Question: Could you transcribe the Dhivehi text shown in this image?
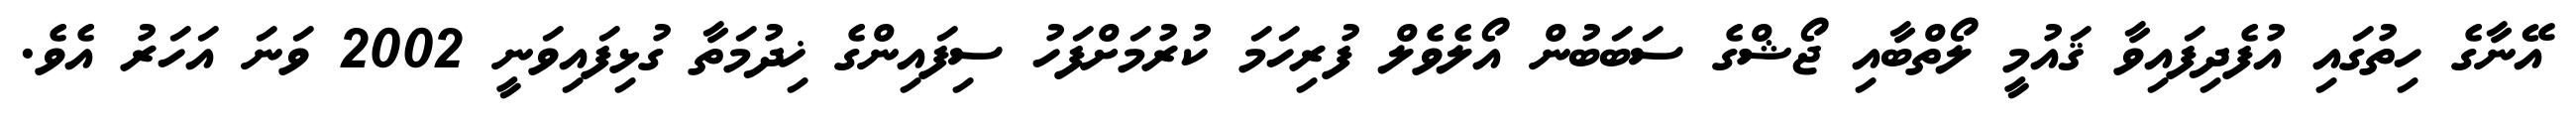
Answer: އޭނާގެ ހިތުގައި އުފެދިފައިވާ ޤައުމީ ލޯތްބާއި ޖޯޝްގެ ސަބަބުން އޯލެވެލް ފުރިހަމަ ކުރުމަށްފަހު ސިފައިންގެ ޚިދުމަތާ ގުޅިފައިވަނީ 2002 ވަނަ އަހަރު އެވެ.